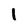
Character: i